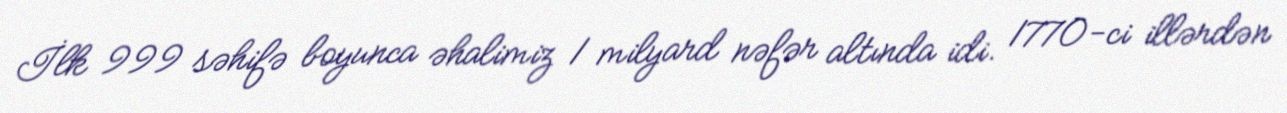
İlk 999 səhifə boyunca əhalimiz 1 milyard nəfər altında idi. 1770-ci illərdən